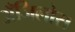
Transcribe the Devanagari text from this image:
अँजिलोस